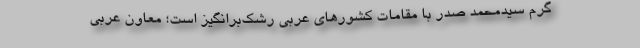
گرم سیدمحمد صدر با مقامات کشورهای عربی رشک‌برانگیز است؛ معاون عربی